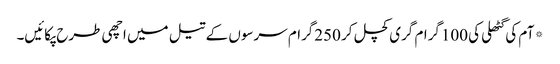
*آم کی گٹھلی کی 100گرام گری کچل کر 250گرام سرسوں کے تیل میں اچھی طرح پکائیں۔